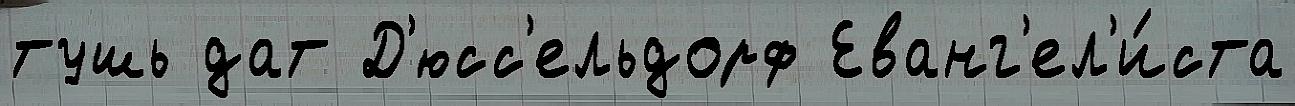
тушь дат Д'юсс'ельдорф Еванг'ел'и́ста